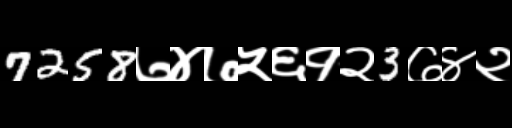
Text: 7258७४७५६१२3७४२